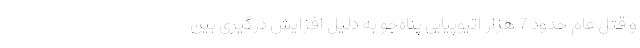
و قتل عام حدود 7 هزار اتیوپیایی پناه‌جو به دلیل افزایش درگیری بین